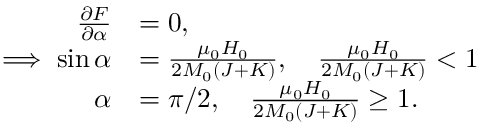
\begin{array} { r l } { \frac { \partial F } { \partial \alpha } } & { = 0 , } \\ { \implies \sin \alpha } & { = \frac { \mu _ { 0 } H _ { 0 } } { 2 M _ { 0 } \left( J + K \right) } , \quad \frac { \mu _ { 0 } H _ { 0 } } { 2 M _ { 0 } \left( J + K \right) } < 1 } \\ { \alpha } & { = \pi / 2 , \quad \frac { \mu _ { 0 } H _ { 0 } } { 2 M _ { 0 } \left( J + K \right) } \geq 1 . } \end{array}